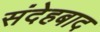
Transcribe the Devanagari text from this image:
संदेहबाद